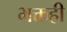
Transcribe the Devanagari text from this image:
भक्तही